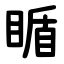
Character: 瞃